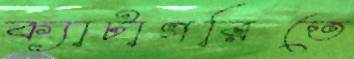
ক্যাটাগরিতে